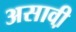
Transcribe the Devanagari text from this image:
असावी़